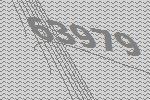
63979